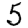
Digit: 5